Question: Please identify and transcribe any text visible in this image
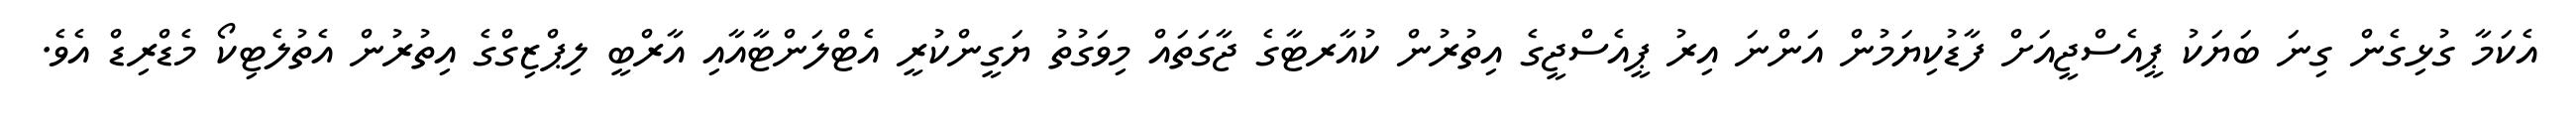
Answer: އެކަމާ ގުޅިގެން ގިނަ ބަޔަކު ޕީއެސްޖީއަށް ފާޑުކިޔަމުން އަންނަ އިރު ޕީއެސްޖީގެ އިތުރުން ކުއާރޓާގެ ޖާގަތައް މިވަގުތު ޔަގީންކުރީ އެޓްލަންޓާއާއި އާރްބީ ލިޕްޒިގްގެ އިތުރުން އެތުލެޓިކޯ މެޑްރިޑް އެވެ.